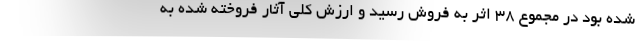
شده بود در مجموع ۳۸ اثر به فروش رسید و ارزش کلی آثار فروخته شده به